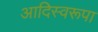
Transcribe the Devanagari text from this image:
आदिस्वरूपा